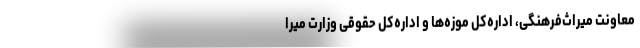
معاونت میراث‌فرهنگی، اداره‌کل موزه‌ها و اداره‌کل حقوقی وزارت میرا